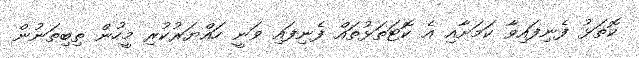
ކޮތަޅު ފެނިފައިވާ ކަމަށާއި އެ ކޮޓަތަޅުތައް ފެނިފައި ވަނީ ހައްޔަރުކުރި މީހުން ތިބިތަނުން